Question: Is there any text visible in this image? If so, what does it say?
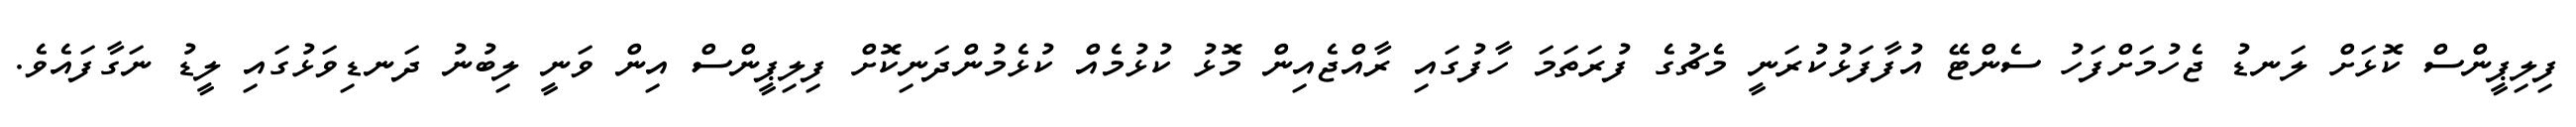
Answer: ފިލިޕީންސް ކޮޅަށް ލަނޑު ޖެހުމަށްފަހު ސެންޓޭ އުފާފަޅުކުރަނީ މެޗުގެ ފުރަތަމަ ހާފުގައި ރާއްޖެއިން މޮޅު ކުޅުމެއް ކުޅެމުންދަނިކޮށް ފިލިޕީންސް އިން ވަނީ ލިބުނު ދަނޑިވަޅުގައި ލީޑު ނަގާފައެވެ.